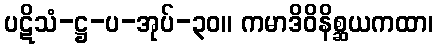
ပဋိသံ-ဋ္ဌ-ပ-အုပ်-၃၀။ ကမာဒိဝိနိစ္ဆယကထာ၊